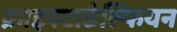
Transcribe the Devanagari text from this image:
क्राइस्टाडेल्फियन